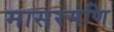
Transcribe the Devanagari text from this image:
मासरमणि